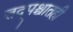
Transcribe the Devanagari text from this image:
तद्पश्चातही